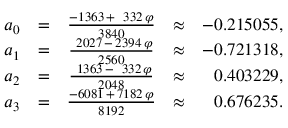
\begin{array} { r } { \begin{array} { c c c c r } { a _ { 0 } } & { = } & { \frac { - 1 3 6 3 \, + { \ } \, 3 3 2 \, \varphi } { 3 8 4 0 } } & { \approx } & { - 0 . 2 1 5 0 5 5 , } \\ { a _ { 1 } } & { = } & { \frac { { \ } 2 0 2 7 \, - \, 2 3 9 4 \, \varphi } { 2 5 6 0 } } & { \approx } & { - 0 . 7 2 1 3 1 8 , } \\ { a _ { 2 } } & { = } & { \frac { { \ } 1 3 6 3 \, - { \ } \, 3 3 2 \, \varphi } { 2 0 4 8 } } & { \approx } & { 0 . 4 0 3 2 2 9 , } \\ { a _ { 3 } } & { = } & { \frac { - 6 0 8 1 \, + \, 7 1 8 2 \, \varphi } { 8 1 9 2 } } & { \approx } & { 0 . 6 7 6 2 3 5 . } \end{array} } \end{array}